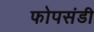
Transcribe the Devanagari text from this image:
फोपसंडी